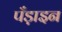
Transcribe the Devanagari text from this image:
पँड़ाइन